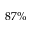
8 7 \%